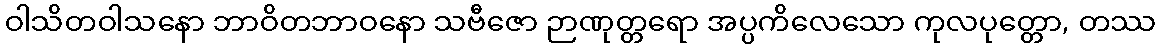
ဝါသိတဝါသနော ဘာဝိတဘာဝနော သဗီဇော ဉာဏုတ္တရော အပ္ပကိလေသော ကုလပုတ္တော, တဿ